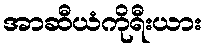
အာဆီယံကိုရီးယား